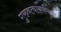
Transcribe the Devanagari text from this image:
गुरुवत्वाकर्षणाचा